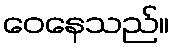
ဝေနေသည်။